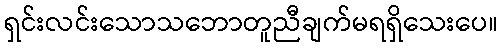
ရှင်းလင်းသောသဘောတူညီချက်မရရှိသေးပေ။